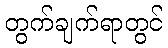
တွက်ချက်ရာတွင်